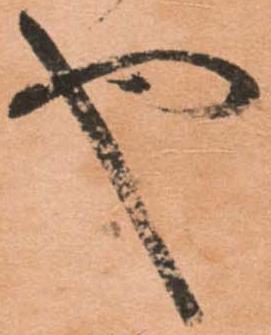
や